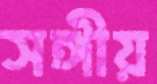
সঙ্গীয়